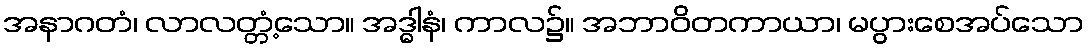
အနာဂတံ၊ လာလတ္တံ့သော။ အဒ္ဓါနံ၊ ကာလ၌။ အဘာဝိတကာယာ၊ မပွားစေအပ်သော